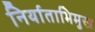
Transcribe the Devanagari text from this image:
निर्याताभिमुख